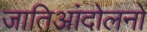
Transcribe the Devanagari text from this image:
जातिआंदोलनों